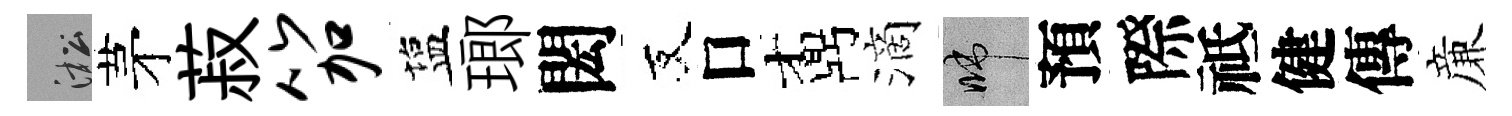
淞茅菽笳塩瑯閎友口鼒滴啼預際祗健傳亷